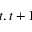
t , t + 1